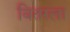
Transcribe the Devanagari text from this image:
वितरला